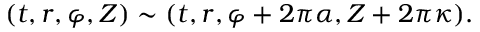
( t , r , \varphi , Z ) \sim ( t , r , \varphi + 2 \pi \alpha , Z + 2 \pi \kappa ) .